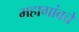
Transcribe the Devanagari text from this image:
महागांवचे